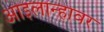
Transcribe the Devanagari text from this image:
आइलान्हावर